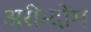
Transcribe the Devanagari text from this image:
अरीन्दोम